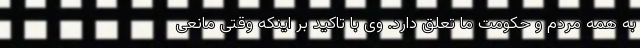
به همه مردم و حکومت ما تعلق دارد. وی با تاکید بر اینکه وقتی مانعی